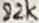
Text: 82K